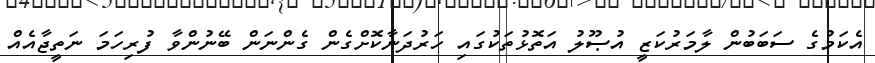
އެކަމުގެ ސަބަބުން ލާމަރުކަޒީ އުޞޫލު އަތޮޅުތަކުގައި ހަރުދަނާކޮށްގެން ގެންނަން ބޭނުންވާ ފުރިހަމަ ނަތީޖާއެއް